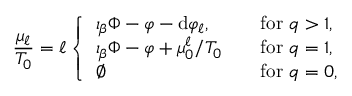
\frac { \mu _ { \ell } } { T _ { 0 } } = \ell \left\{ \begin{array} { l l } { \iota _ { \beta } \Phi - \varphi - \mathrm { d } \varphi _ { \ell } , } & { \quad \mathrm { f o r ~ } q > 1 , } \\ { \iota _ { \beta } \Phi - \varphi + \mu _ { 0 } ^ { \ell } / T _ { 0 } } & { \quad \mathrm { f o r ~ } q = 1 , } \\ { \varnothing } & { \quad \mathrm { f o r ~ } q = 0 , } \end{array} \right.